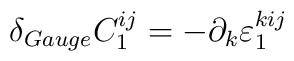
\delta_{Gauge}C_1^{ij}=-\partial_k\varepsilon_1^{kij}